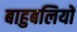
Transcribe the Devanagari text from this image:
बाहुबलियों